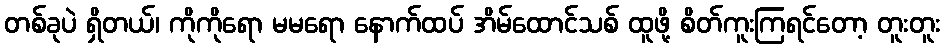
တစ်ခုပဲ ရှိတယ်၊ ကိုကိုရော မမရော နောက်ထပ် အိမ်ထောင်သစ် ထူဖို့ စိတ်ကူးကြရင်တော့ တူးတူး